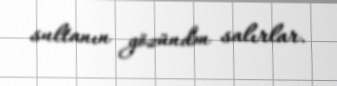
sultanın gözündən salırlar.